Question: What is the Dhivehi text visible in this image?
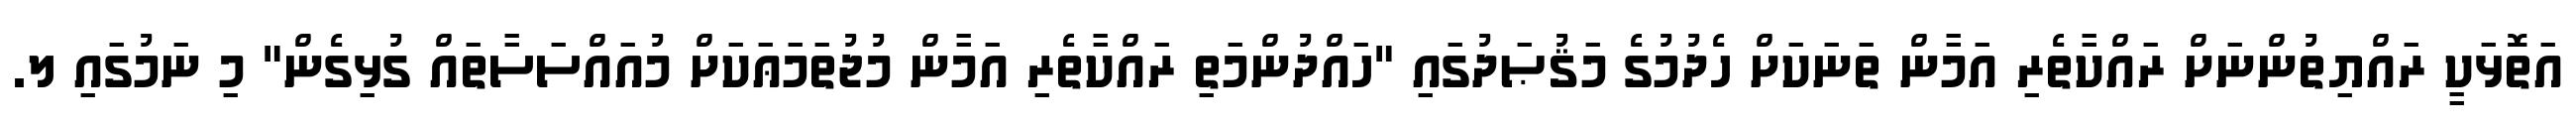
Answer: އަތޮޅަކީ ރައްޔިތުންނަށް ރައްކާތެރި އަމާން ތަނަކަށް ހެދުމުގެ މަޤުޞަދުގައި "ހައްދުންމަތި ރައްކާތެރި އަމާން މުޖުތަމަޢަކަށް މުއައްސަސާތައް ގުޅިގެން" މި ނަމުގައި ލ.